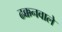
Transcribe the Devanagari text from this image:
ढक्कनवाले